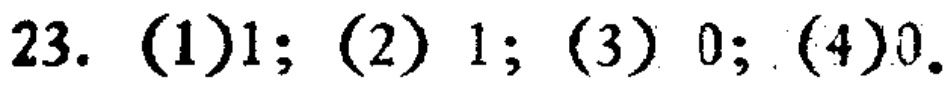
23. (1)$1$; (2) $1$; (3) $0$; (4)$0$.